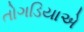
તોગડિયાએ